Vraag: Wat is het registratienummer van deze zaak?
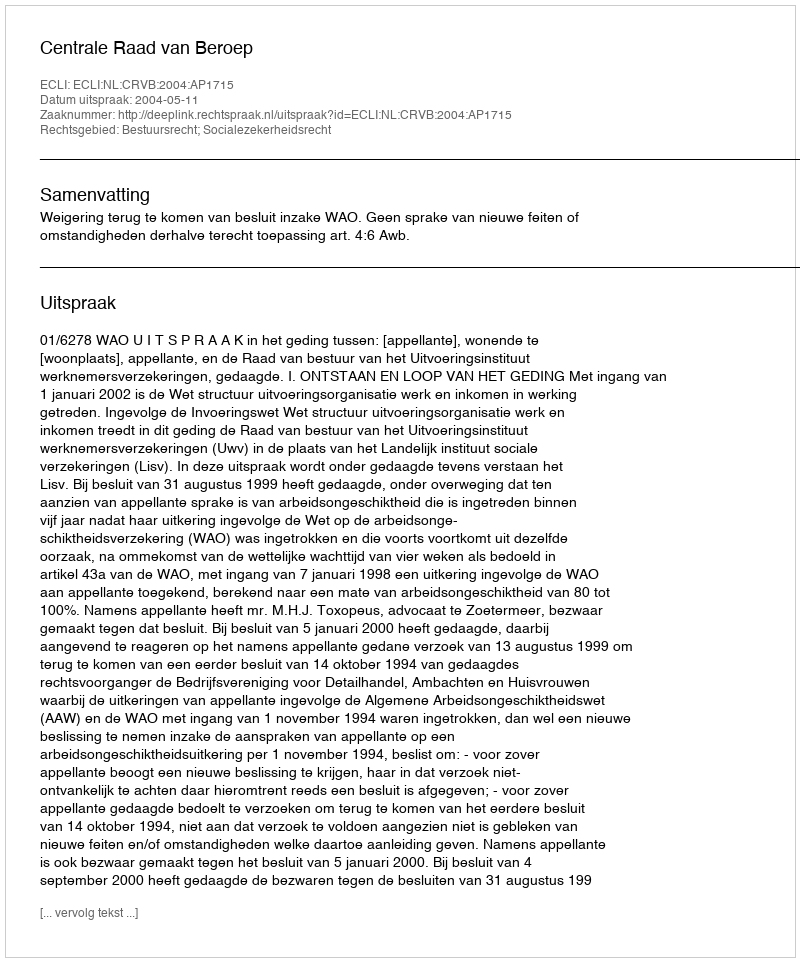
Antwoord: http://deeplink.rechtspraak.nl/uitspraak?id=ECLI:NL:CRVB:2004:AP1715